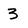
Character: 3